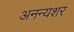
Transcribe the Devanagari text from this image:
अनन्यशर